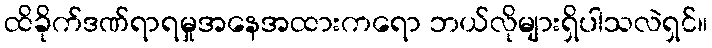
ထိခိုက်ဒဏ်ရာရမှုအနေအထားကရော ဘယ်လိုများရှိပါသလဲရှင်။